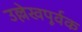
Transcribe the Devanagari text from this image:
उल्लेखपूर्वक